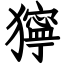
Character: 獰